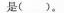
是( )